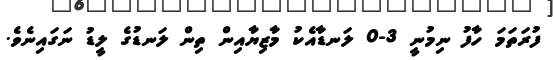
ފުރަތަމަ ހާފު ނިމުނީ 3-0 ލަނޑާއެކު މާޒިޔާއިން ތިން ލަނޑުގެ ލީޑު ނަގައިނެވެ.